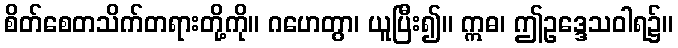
စိတ်စေတသိက်တရားတို့ကို။ ဂဟေတွာ၊ ယူပြီး၍။ ဣဓ၊ ဤဥဒ္ဒေသဝါရ၌။